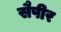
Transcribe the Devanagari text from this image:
सैपीर